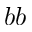
b b